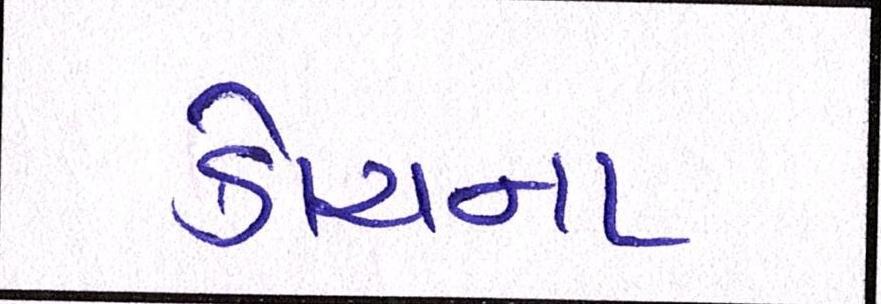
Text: કોચના